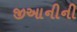
જીઆનીની